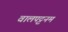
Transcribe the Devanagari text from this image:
वालपट्टनम